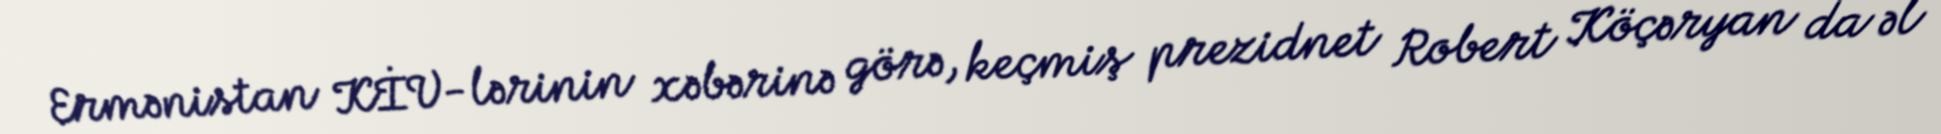
Ermənistan KİV-lərinin xəbərinə görə, keçmiş prezidnet Robert Köçəryan da əl